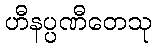
ဟီနပ္ပဏီတေသု